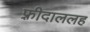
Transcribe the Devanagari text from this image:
फ़्रीदाललह